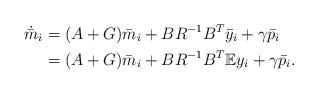
LaTeX: \begin{align*}\dot{\bar m}_i &= (A+G) \bar m_i +BR^{-1}B^T \bar y_i+\gamma \bar p_i \\&= (A+G) \bar m_i +BR^{-1}B^T{\mathbb E} y_i+\gamma \bar p_i.\end{align*}